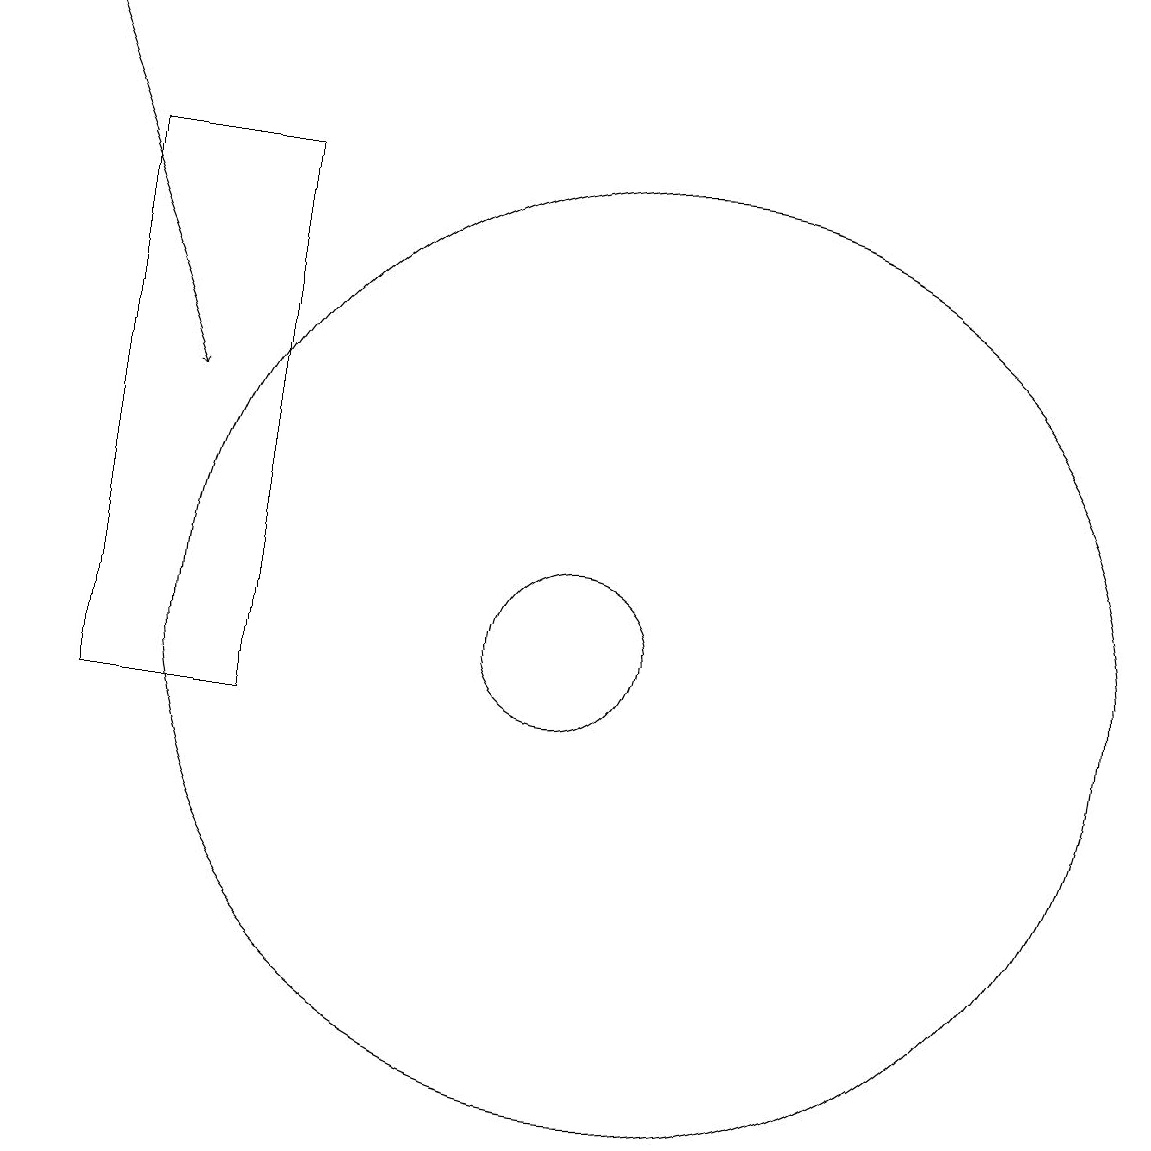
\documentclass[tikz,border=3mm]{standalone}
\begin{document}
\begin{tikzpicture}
\draw[->] (4,19) -- (6,14);
\draw (12,11) circle (6);
\draw (5,17) rectangle (7,10);
\draw (11,11) circle (1);
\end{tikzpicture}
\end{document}